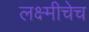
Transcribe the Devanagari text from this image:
लक्ष्मीचेच